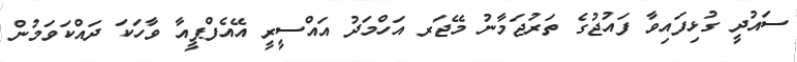
ސައުދީ ގުޅިފައިވާ ފައުޖުގެ ތަރުޖަމާނު މޭޖަރ އަހްމަދު އައްސީރީ އޭއެފްޕީއާ ވާހަކަ ދައްކަވަމުން